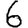
Digit: 6